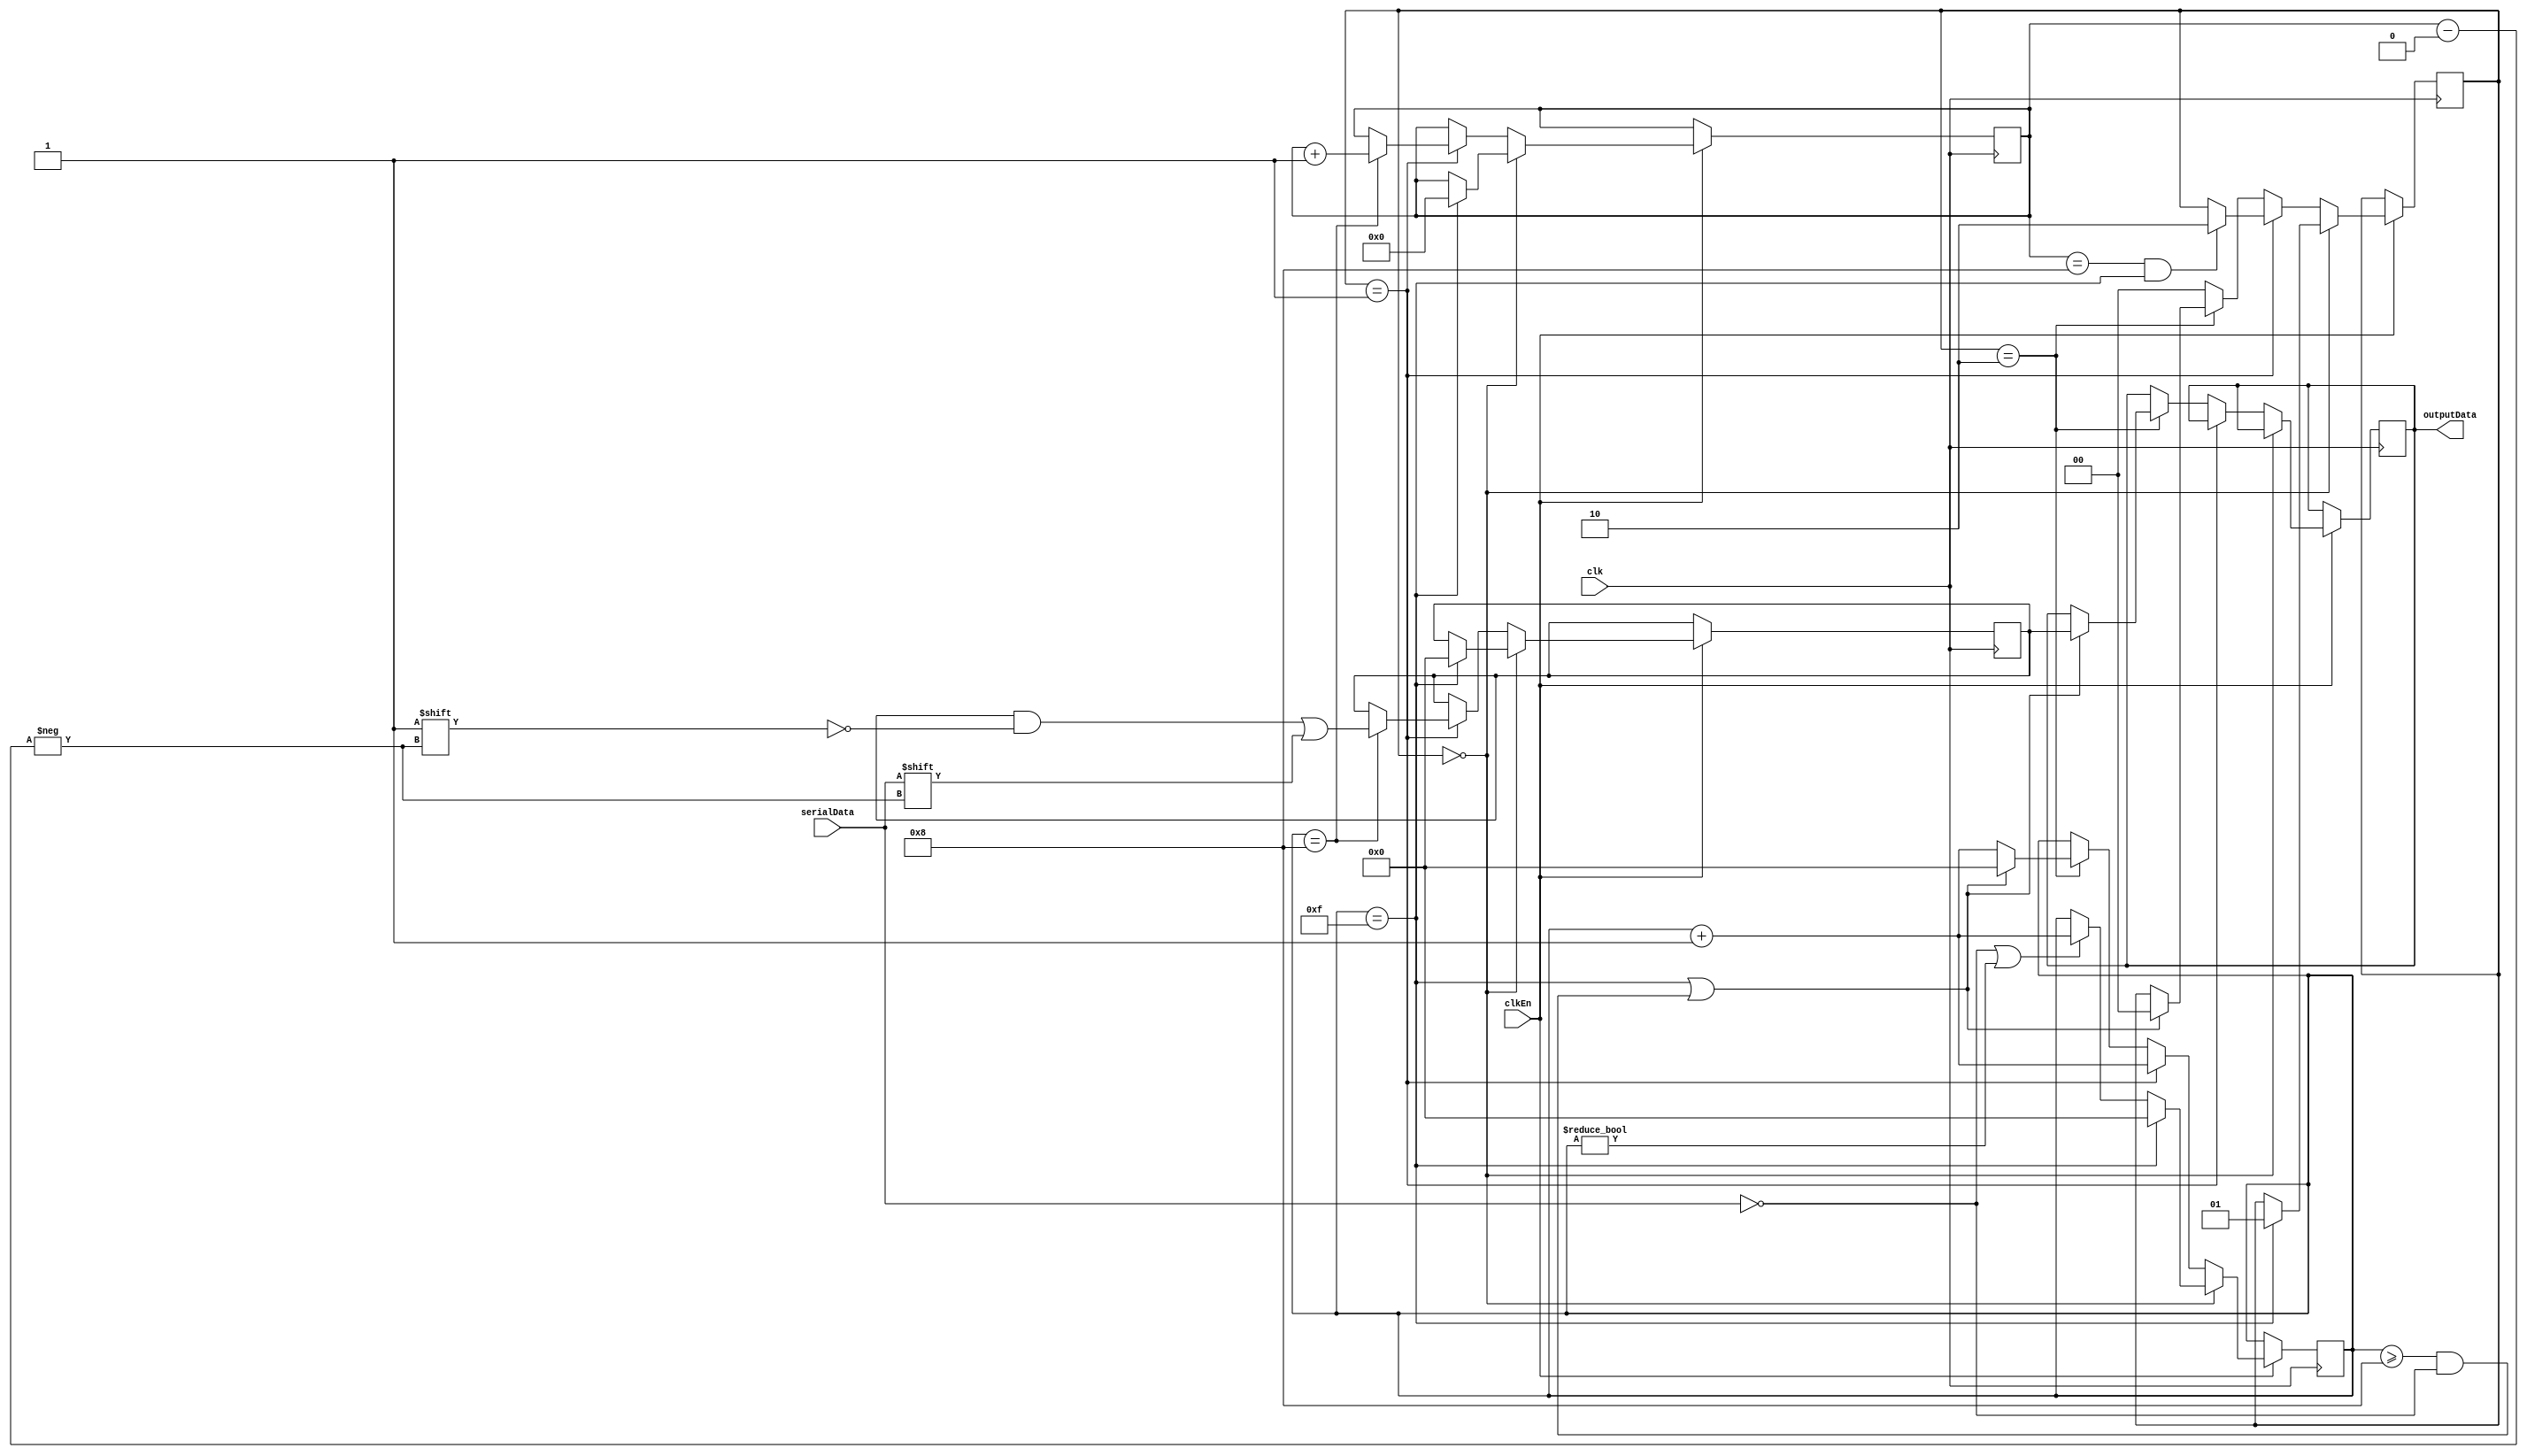
module UART_rx
(
    serialData,
    clk,
    clkEn,
    outputData
);

    input serialData;
    input clk;
    input clkEn;
    output reg [7:0] outputData;

    reg [1:0] state         = 0;                                        // holds the current state
    reg [1:0] startState    = 0;                                        // looks for start bit
    reg [1:0] dataState     = 1;                                        // recieve data bits
    reg [1:0] stopState     = 2;                                        // get stop bit
    reg [7:0] sampleCount   = 0;                                        // for stability purposes
    reg [7:0] parallelData  = 0;                                        // fianl data in parallel form
    reg [4:0] bitPosition   = 0;                                        // index for array

    always @(posedge clk)       
    begin       
        if(clkEn)                                                       // if baud clk
        begin       
            case(state)     
                startState:     
                begin       
                    if(!serialData || sampleCount != 0)                 // if start bit is 0 or sample count isnt 0
                        sampleCount <= sampleCount+1;       

                    if(sampleCount == 15)                               // if sample count has timed out
                    begin       
                        state        <= dataState;                      // go to next state
                        bitPosition  <= 0;                              // set bit position to 0
                        sampleCount  <= 0;                              // reset sample count
                        parallelData <= 0;                              // data reg is 0
                    end
                end

                dataState:
                begin
                    sampleCount <= sampleCount+1;                       // increment sample count
                    if(sampleCount == 8)                                // if halfway into sample.. 
                    begin
                        parallelData[bitPosition] <= serialData;        // record the data bit
                        bitPosition <= bitPosition+1;                   // increment bit position
                    end
                    if(bitPosition == 8 && sampleCount == 15)           // if bit position is maxed and samplecount is maxed
                        state <= stopState;                             // go to next state
                end

                stopState:
                begin
                    if(sampleCount == 15 || (sampleCount >= 8 && !serialData))
                    begin
                        state       <= startState;                      // go back to stop state
                        outputData  <= parallelData;                    // output the recieved data
                        sampleCount <= 0;                               // reset sample count
                    end
                    else
                    begin
                        sampleCount <= sampleCount+1;
                    end
                end

                default:
                begin
                    state <= startState;                                // reset 
                end
            endcase
        end
    end
endmodule